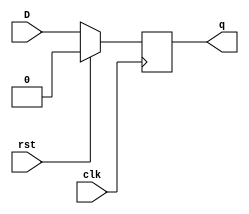
module DFF(D,rst,clk,q);
  input D,rst,clk;
  output q;
  reg q;
  
  always @(posedge clk) begin
    if(rst==1) begin
      q<=0;
    end
    else begin
      q<=D;
    end
  end
endmodule